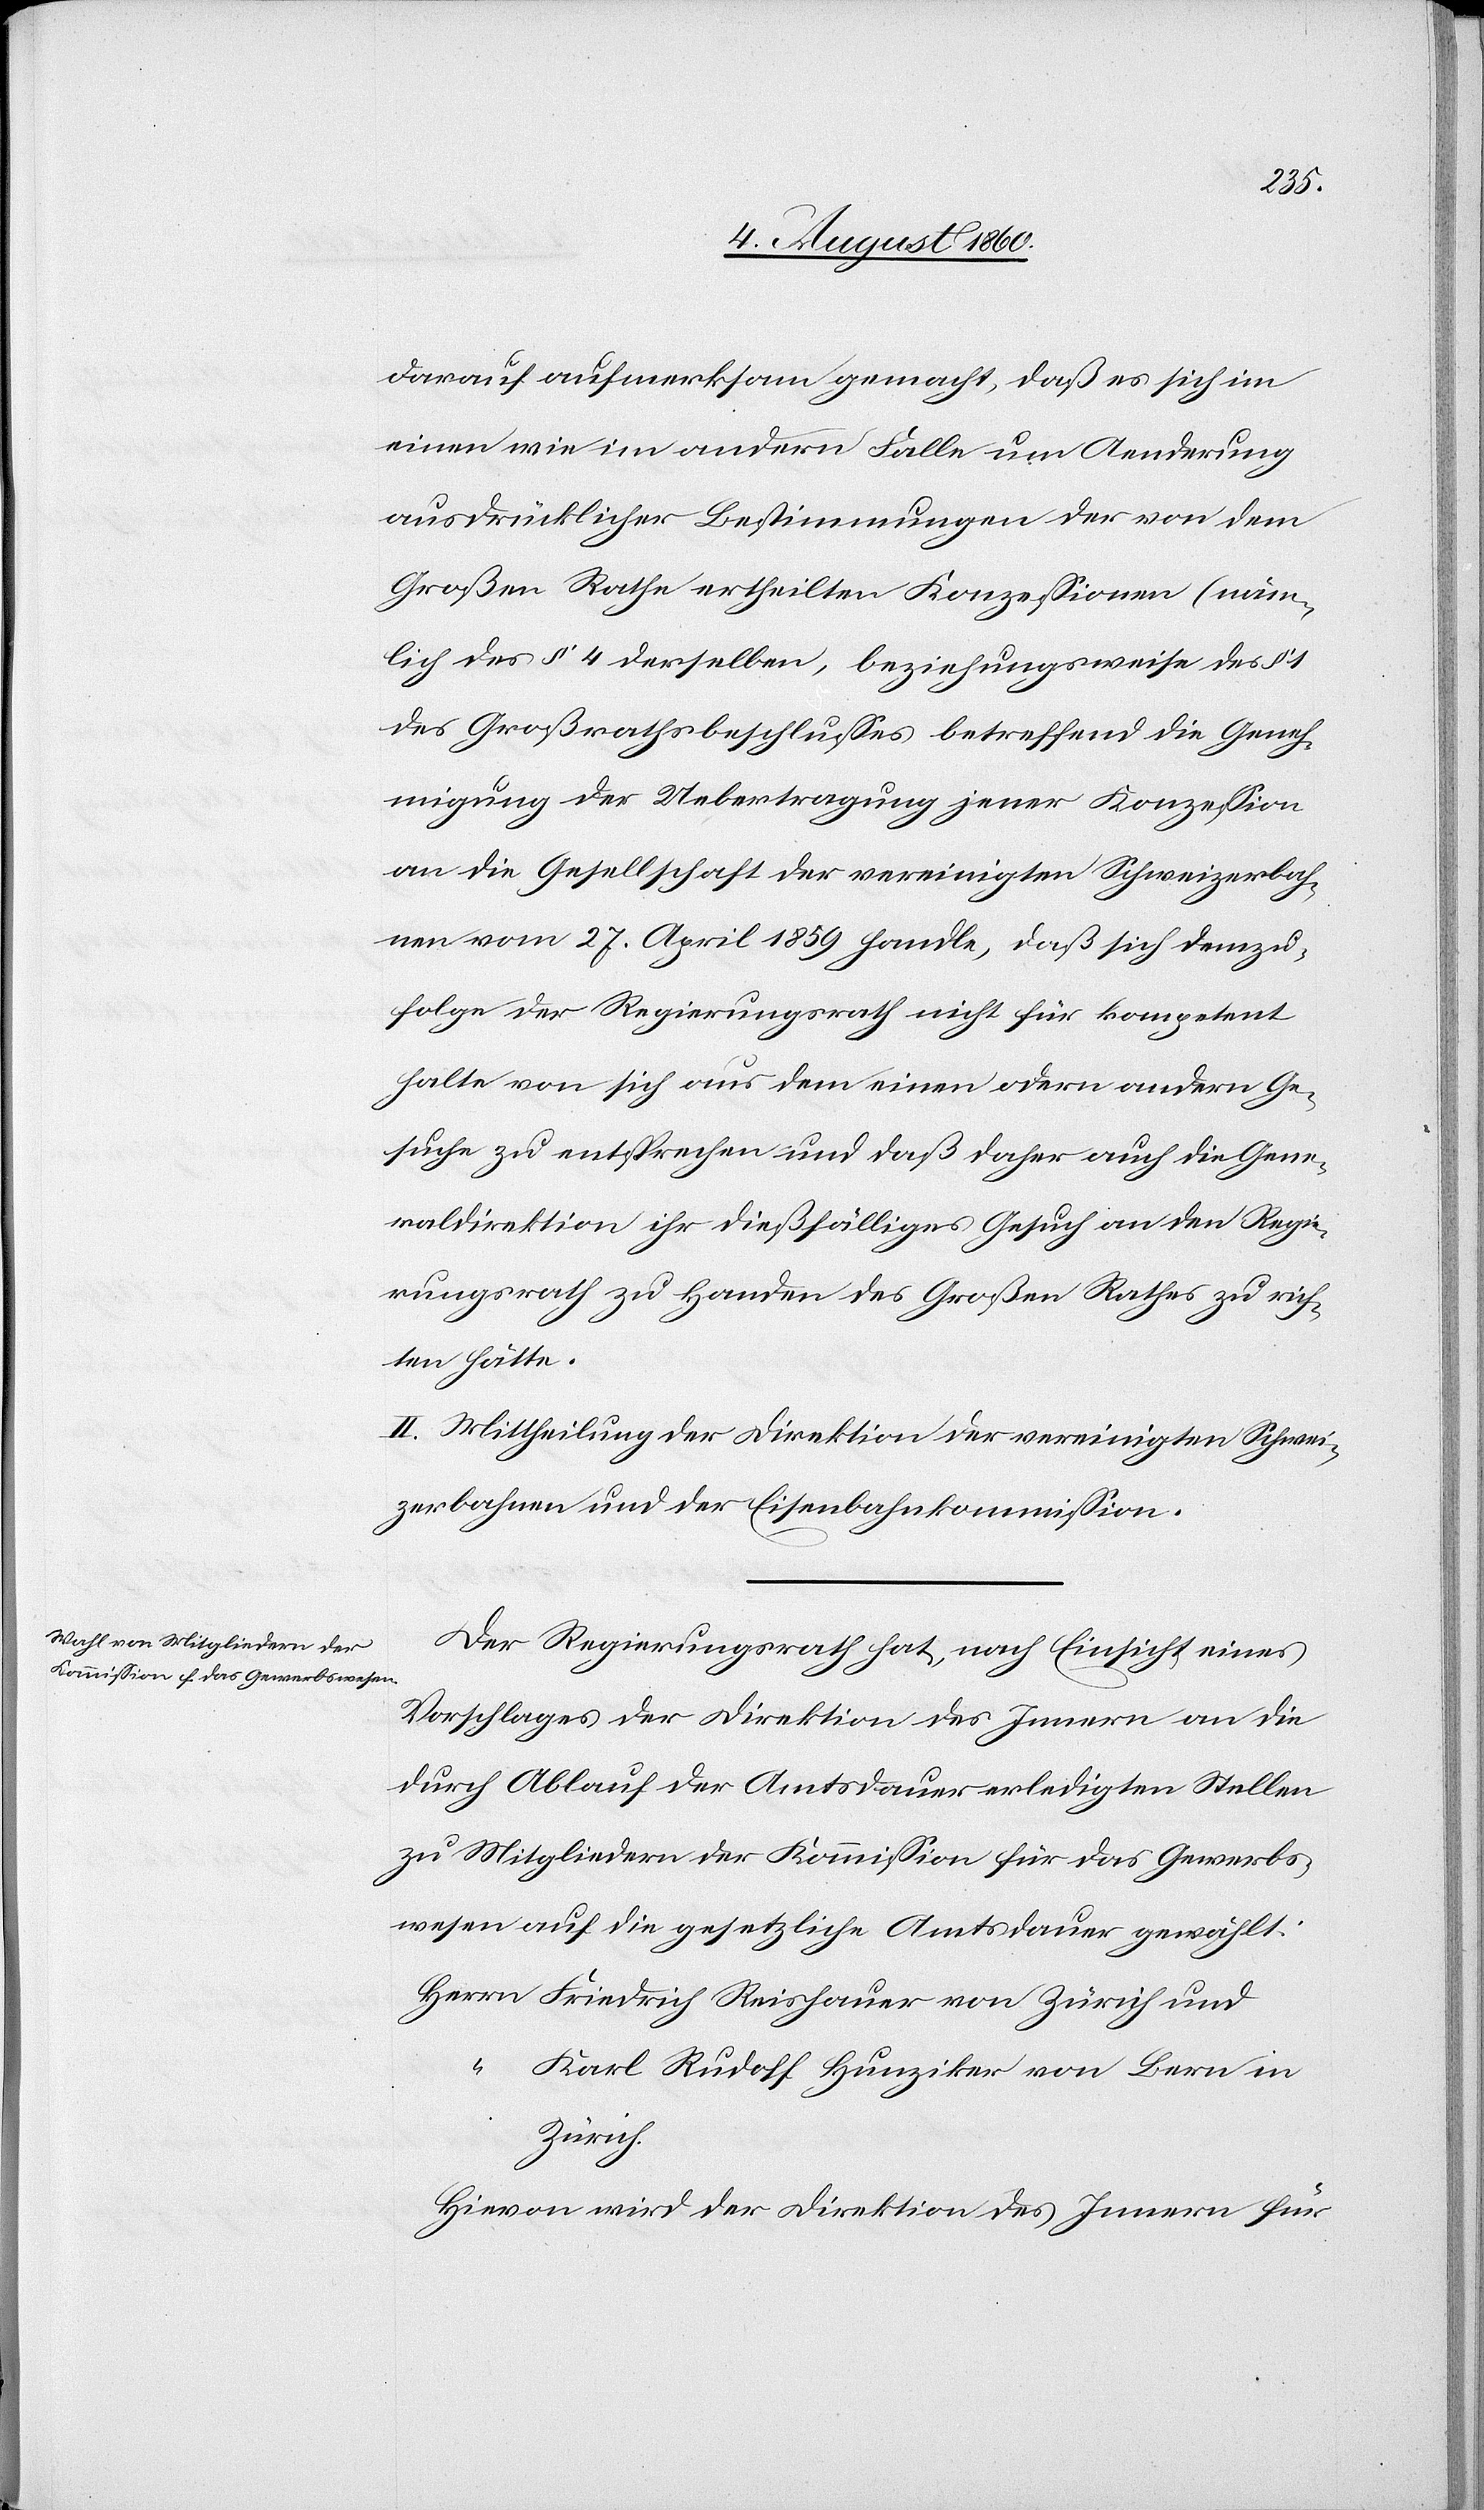
darauf aufmerksam gemacht, dass es sich im
einen wie im andern Falle um Aenderung
ausdrücklicher Bestimmungen der von dem
Grossen Rathe ertheilten Konzessionen (näm¬
lich des §. 4 derselben, beziehungsweise des §.
des Großrathsbeschlusses betreffend die Geneh¬
migung der Uebertragung jener Konzession
an die Gesellschaft der vereinigten Schweizerbah¬
nen vom 27. April 1859[)] handle, dass sich demzu¬
folge der Regierungsrath nicht für kompetent
halte von sich aus dem einen oder andern Ge¬
suche zu entsprechen und daß daher auch die Gene¬
raldirektion ihr diesfälliges Gesuch an den Regie¬
rungsrath zu Handen des Grossen Rathes zu rich¬
ten hatte.
II. Mittheilung der Direktion der vereinigten Schwei¬
zerbahnen und der Eisenbahnkommission.
Der Regierungsrath hat, nach Einsicht eines
Vorschlages der Direktion des Innern an die
durch Ablauf der Amtsdauer erledigten Stellen
zu Mitgliedern der Kommission für das Gewerbs¬
wesen auf die gesetzliche Amtsdauer gewählt:
Herrn Friedrich Reishauer von Zürich und
“ Karl Rudolf Hunziker von Bern in
Zürich.
Hievon wird der Direktion des Innern für